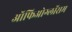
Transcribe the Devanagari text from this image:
ऑफिओग्लॉसम